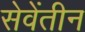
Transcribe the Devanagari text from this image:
सेवेंतीन